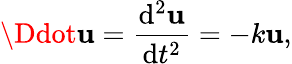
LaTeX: \Ddot{\mathbf{u}}=\frac{{\mathrm{{d}}^{2}\mathbf{u}}}{{\mathrm{{d}}t^{2}}}=-k\mathbf{u},